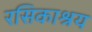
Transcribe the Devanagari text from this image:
रसिकाश्रय